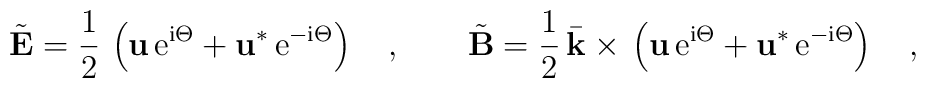
\tilde{{\bf E}} {}={}\frac{1}{2}\,\left({\bf u}\,{\rm e}^{{\rm i} \Theta}{}+{} {\bf u}^{*}\,{\rm e}^{-{\rm i} \Theta}\right)\quad,\qquad\tilde{{\bf B}} {}={}\frac{1}{2}\,\bar{\bf k} {}\times{}\left({\bf u}\,{\rm e}^{{\rm i} \Theta}{}+{} {\bf u}^{*}\,{\rm e}^{-{\rm i} \Theta}\right)\quad,